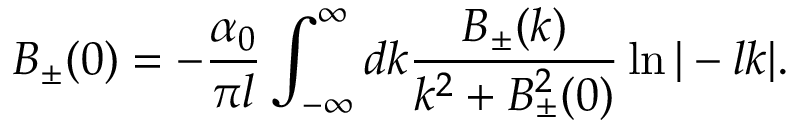
B _ { \pm } ( 0 ) = - \frac { \alpha _ { 0 } } { \pi l } \int _ { - \infty } ^ { \infty } d k \frac { B _ { \pm } ( k ) } { k ^ { 2 } + B _ { \pm } ^ { 2 } ( 0 ) } \ln | - l k | .